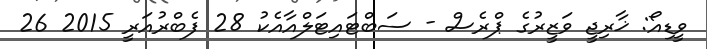
ވީޑިއޯ: ޚާރިޖީ ވަޒީރުގެ ޕްރެސް - ސަބްޓައިޓަލްއާއެކު 28 ފެބްރުއަރީ 2015 26